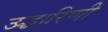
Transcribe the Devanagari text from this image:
उद्धारिणी